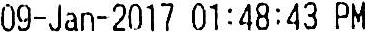
09-JAN-2017 01:48:43 PM